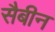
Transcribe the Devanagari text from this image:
सैबीन